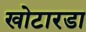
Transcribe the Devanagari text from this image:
खोटारडा